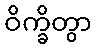
ဝိက္ခိတွာ